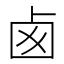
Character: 卥